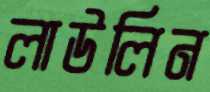
লাউলিন